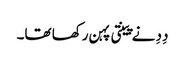
دِدِ نے پینتی پہن رکھا تھا۔